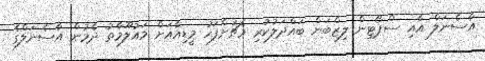
އާސެނަލް އާއި ސްޕޯޓިން ލިޒްބަން ބައްދަލުކުރި މެޗަށްފަހު މީޑިއާއަށް މައުލޫމާތު ދެމުން އާސެނަލްގެ